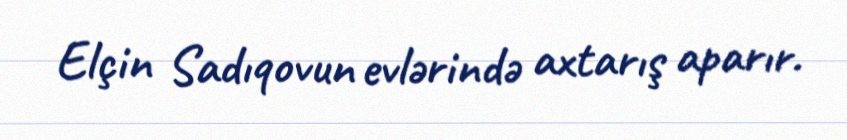
Elçin Sadıqovun evlərində axtarış aparır.